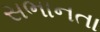
સભાનતા